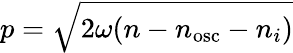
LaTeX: p={\sqrt{2\omega(n-n_{\mathrm{osc}}-n_{i})}}